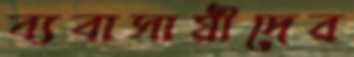
ব্যবাসায়ীদের